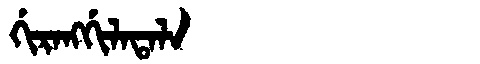
Manchu: ᡤᡳᡵᠠᠩᡤᡳᠯᠠᡨᠠᠯᠠ
Romanization: GIRANGGILATALA